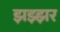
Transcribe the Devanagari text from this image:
झझ्झर